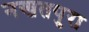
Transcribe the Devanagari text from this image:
नखतपुरा